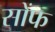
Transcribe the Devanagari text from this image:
सोंफ